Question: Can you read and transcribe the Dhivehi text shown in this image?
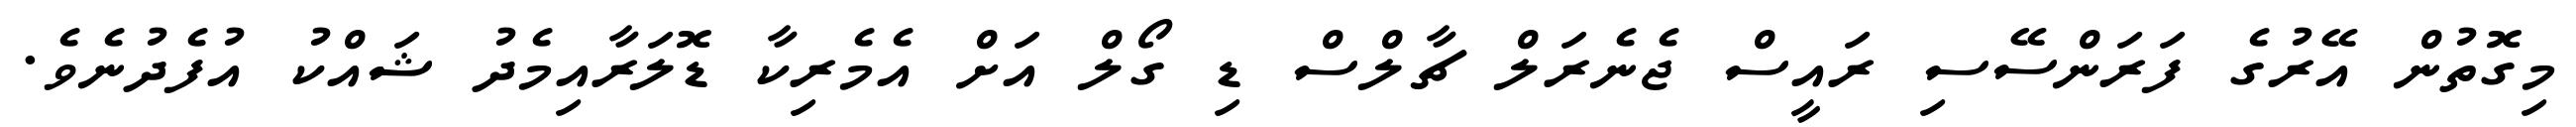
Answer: މިގޮތުން އޭރުގެ ފަރަންސޭސި ރައީސް ޖެނެރަލް ޗާލްސް ޑި ގޯލް އަށް އެމެރިކާ ޑޮލަރާއިމެދު ޝައްކު އުފެދުނެވެ.